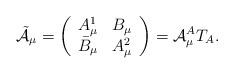
\begin{align*}\tilde{\cal A}_\mu = \left( \begin{array}{cc} A^{1}_{\mu} & B_{\mu} \\ \bar{B}_{\mu} & A^{2}_{\mu} \end{array} \right) = {\cal A}^{A}_{\mu} T_{A}.\end{align*}